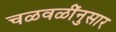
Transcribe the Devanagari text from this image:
चळवळींनुसार